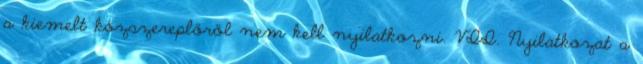
a kiemelt közszereplőről nem kell nyilatkozni. VII. Nyilatkozat a